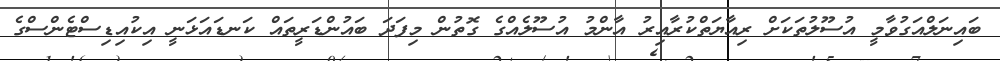
ބައިނަލްއަގުވާމީ އުސޫލުތަކަށް ރިއާޔަތްކުރާއިރު އާންމު އުސޫލެއްގެ ގޮތުން މިފަދަ ބައުންޑަރީތައް ކަނޑައަޅަނީ އިކުއިޑިސްޓެންސްގެ